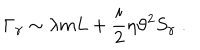
\Gamma _ { \gamma } \sim \lambda m L + \frac { i } { 2 } \eta \vartheta ^ { 2 } S _ { \gamma } \; .